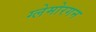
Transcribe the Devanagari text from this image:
ग्लेमोरगन